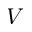
V